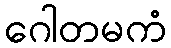
ဂေါတမကံ